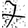
Digit: 7